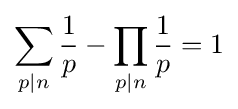
\sum _{p|n}{\frac {1}{p}}-\prod _{p|n}{\frac {1}{p}}=1